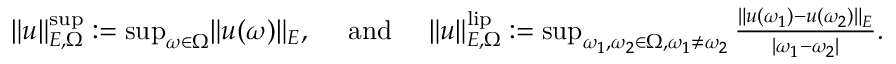
\begin{array} { r } { \rVert u \rVert _ { E , \Omega } ^ { \operatorname* { s u p } } : = \operatorname* { s u p } _ { \omega \in \Omega } \rVert u ( \omega ) \rVert _ { E } , \quad \mathrm { ~ a n d ~ } \quad \rVert u \rVert _ { E , \Omega } ^ { \mathrm { l i p } } : = \operatorname* { s u p } _ { \omega _ { 1 } , \omega _ { 2 } \in \Omega , \omega _ { 1 } \ne \omega _ { 2 } } \frac { \rVert u ( \omega _ { 1 } ) - u ( \omega _ { 2 } ) \rVert _ { E } } { | \omega _ { 1 } - \omega _ { 2 } | } . } \end{array}